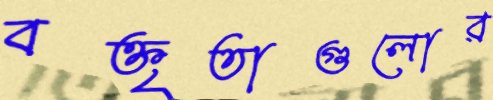
বক্তৃতাগুলোর